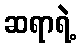
ဆရာရဲ့